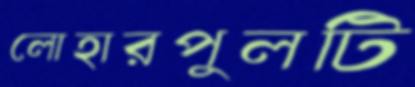
লোহারপুলটি